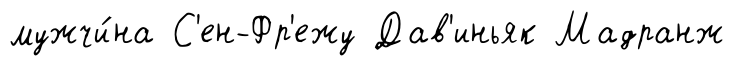
мужчи́на С'ен-Фр'ежу Дав'иньяк Мадранж